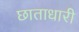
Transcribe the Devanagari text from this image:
छाताधारी